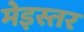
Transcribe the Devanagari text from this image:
मेइस्तर